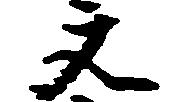
文